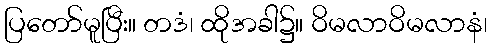
ပြတော်မူပြီး။ တဒံ၊ ထိုအခါ၌။ ဝိမလာဝိမလာနံ၊